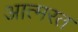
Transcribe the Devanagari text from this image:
आत्मरत